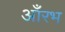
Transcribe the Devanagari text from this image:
आँरभ